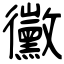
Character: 黴